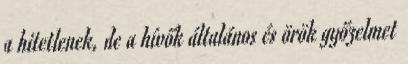
a hitetlenek, de a hívők általános és örök győzelmet